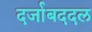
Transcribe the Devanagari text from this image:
दर्जाबददल